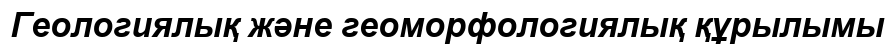
Геологиялық және геоморфологиялық құрылымы